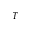
_ T